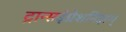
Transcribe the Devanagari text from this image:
ट्रान्सइंप्रेशनिझम्